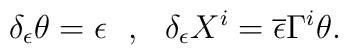
\delta_\epsilon \theta = \epsilon \ \ , \ \ \delta_\epsilon X^i =\overline{\epsilon} \Gamma^i \theta .